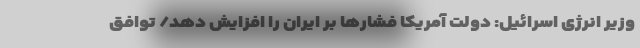
وزیر انرژی اسرائیل: دولت آمریکا فشارها بر ایران را افزایش دهد/ توافق